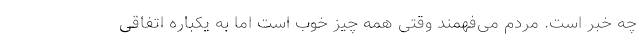
چه خبر است. مردم می‌فهمند وقتی همه چیز خوب است اما به یکباره اتفاقی